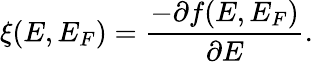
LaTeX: \xi(E,E_{F})=\frac{-\partial f(E,E_{F})}{\partial E}.